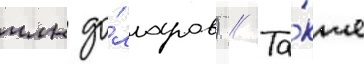
млн до́лларов) // Та́кже